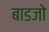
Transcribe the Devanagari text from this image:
बाडजो